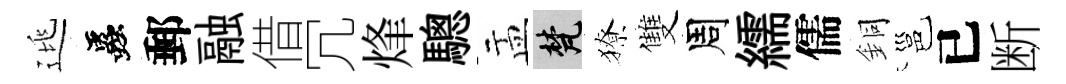
逃蟲郵融借冗烽驄盂梵獠雙周繻儒銅邕已断